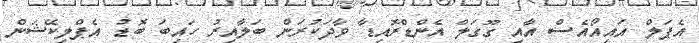
އެޕަލް އައިއޯއެސް އާއި ގޫގަލް އެންޑްރޮއިޑާ ވާދަކުރަން ބަލާއިރު ހައިބަ ބޮޑު އެޕްލިކޭޝަން